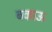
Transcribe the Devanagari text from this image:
बकाऊ